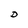
Character: D